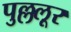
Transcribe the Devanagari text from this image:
पुल्ललूर